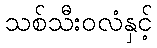
သစ်သီးဝလံနှင့်